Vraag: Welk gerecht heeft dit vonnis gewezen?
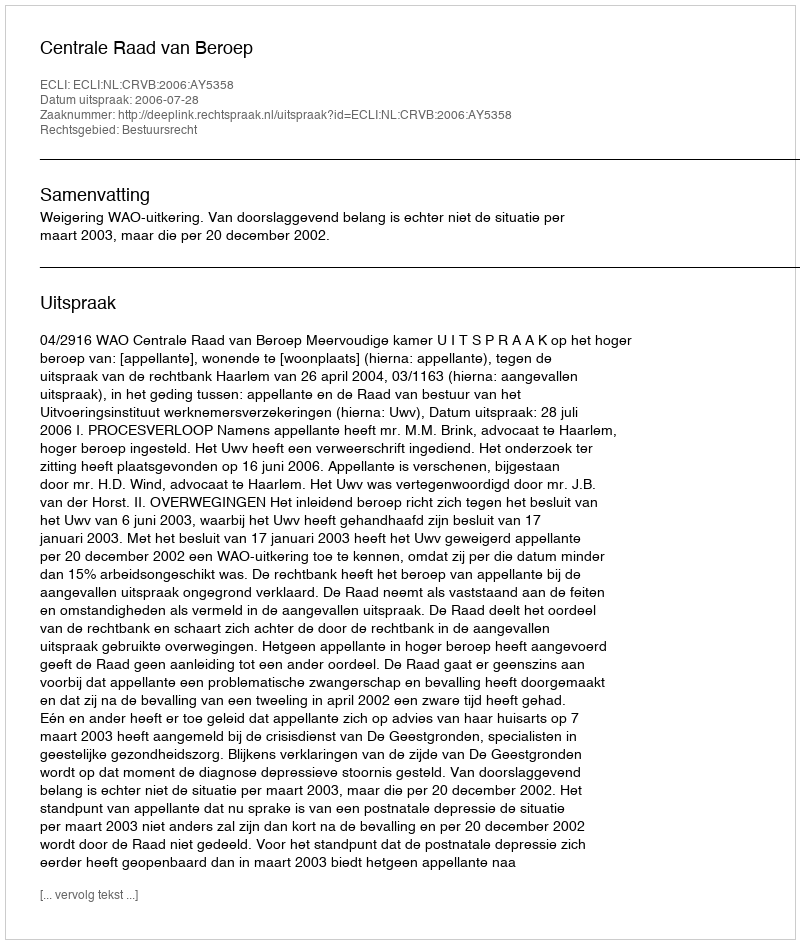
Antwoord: Centrale Raad van Beroep